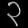
Digit: ၃